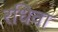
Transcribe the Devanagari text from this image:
रधिवा